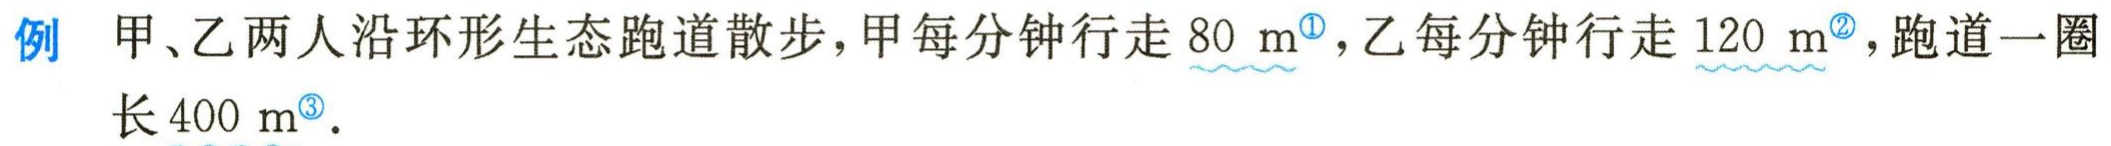
例 甲、乙两人沿环形生态跑道散步，甲每分钟行走 \(80\mathrm{ m}^{\textcircled{1}}\)，乙每分钟行走 \(120\mathrm{ m}^{\textcircled{2}}\)，跑道一圈长 \(400\mathrm{ m}^{\textcircled{3}}\).